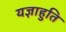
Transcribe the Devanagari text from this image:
यज्ञाहुति